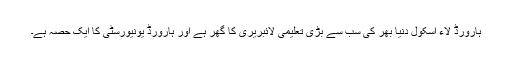
ہارورڈ لاء اسکول دنیا بھر کی سب سے بڑی تعلیمی لائبریری کا گھر ہے اور ہارورڈ یونیورسٹی کا ایک حصہ ہے۔